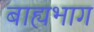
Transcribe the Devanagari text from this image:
बाह्यभाग